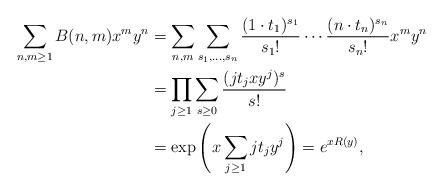
LaTeX: \begin{align*}\sum_{n,m \ge 1}B(n,m)x^my^n &= \sum_{n,m}\sum_{s_1,\dots,s_n} \frac{(1\cdot t_1)^{s_1}}{s_1!}\cdots \frac{(n\cdot t_n)^{s_n}}{s_n!} x^my^n\\&=\prod_{j\ge 1} \sum_{s\ge 0} \frac{(jt_jxy^j)^s}{s!} \\&= \exp \left( x\sum_{j\ge 1} jt_jy^j\right) = e^{xR(y)},\end{align*}